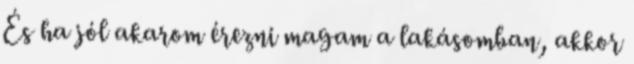
És ha jól akarom érezni magam a lakásomban, akkor